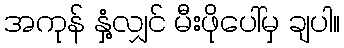
အကုန် နှံ့လျှင် မီးဖိုပေါ်မှ ချပါ။